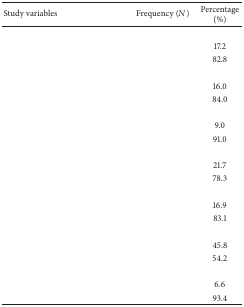
<table><thead><tr><td><b>Study variables </b></td><td><b>Frequency (<i>N</i>)</b></td><td><b>Percentage (%)</b></td></tr></thead><tbody><tr><td>[EMPTY_CELL]</td><td>[EMPTY_CELL]</td><td>[EMPTY_CELL]</td></tr><tr><td>[EMPTY_CELL]</td><td>[EMPTY_CELL]</td><td>17.2</td></tr><tr><td>[EMPTY_CELL]</td><td>[EMPTY_CELL]</td><td>82.8</td></tr><tr><td>[EMPTY_CELL]</td><td>[EMPTY_CELL]</td><td>[EMPTY_CELL]</td></tr><tr><td>[EMPTY_CELL]</td><td>[EMPTY_CELL]</td><td>16.0</td></tr><tr><td>[EMPTY_CELL]</td><td>[EMPTY_CELL]</td><td>84.0</td></tr><tr><td>[EMPTY_CELL]</td><td>[EMPTY_CELL]</td><td>[EMPTY_CELL]</td></tr><tr><td>[EMPTY_CELL]</td><td>[EMPTY_CELL]</td><td>9.0</td></tr><tr><td>[EMPTY_CELL]</td><td>[EMPTY_CELL]</td><td>91.0</td></tr><tr><td>[EMPTY_CELL]</td><td>[EMPTY_CELL]</td><td>[EMPTY_CELL]</td></tr><tr><td>[EMPTY_CELL]</td><td>[EMPTY_CELL]</td><td>21.7</td></tr><tr><td>[EMPTY_CELL]</td><td>[EMPTY_CELL]</td><td>78.3</td></tr><tr><td>[EMPTY_CELL]</td><td>[EMPTY_CELL]</td><td>[EMPTY_CELL]</td></tr><tr><td>[EMPTY_CELL]</td><td>[EMPTY_CELL]</td><td>16.9</td></tr><tr><td>[EMPTY_CELL]</td><td>[EMPTY_CELL]</td><td>83.1</td></tr><tr><td>[EMPTY_CELL]</td><td>[EMPTY_CELL]</td><td>[EMPTY_CELL]</td></tr><tr><td>[EMPTY_CELL]</td><td>[EMPTY_CELL]</td><td>45.8</td></tr><tr><td>[EMPTY_CELL]</td><td>[EMPTY_CELL]</td><td>54.2</td></tr><tr><td>[EMPTY_CELL]</td><td>[EMPTY_CELL]</td><td>[EMPTY_CELL]</td></tr><tr><td>[EMPTY_CELL]</td><td>[EMPTY_CELL]</td><td>6.6</td></tr><tr><td>[EMPTY_CELL]</td><td>[EMPTY_CELL]</td><td>93.4</td></tr></tbody></table>